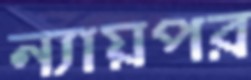
ন্যায়পর